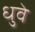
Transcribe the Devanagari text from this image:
धुवे